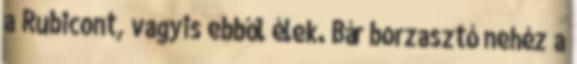
a Rubicont, vagyis ebből élek. Bár borzasztó nehéz a